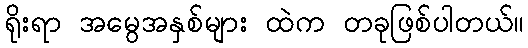
ရိုးရာ အမွေအနှစ်များ ထဲက တခုဖြစ်ပါတယ်။